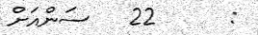
:      22   ސަންއަށް